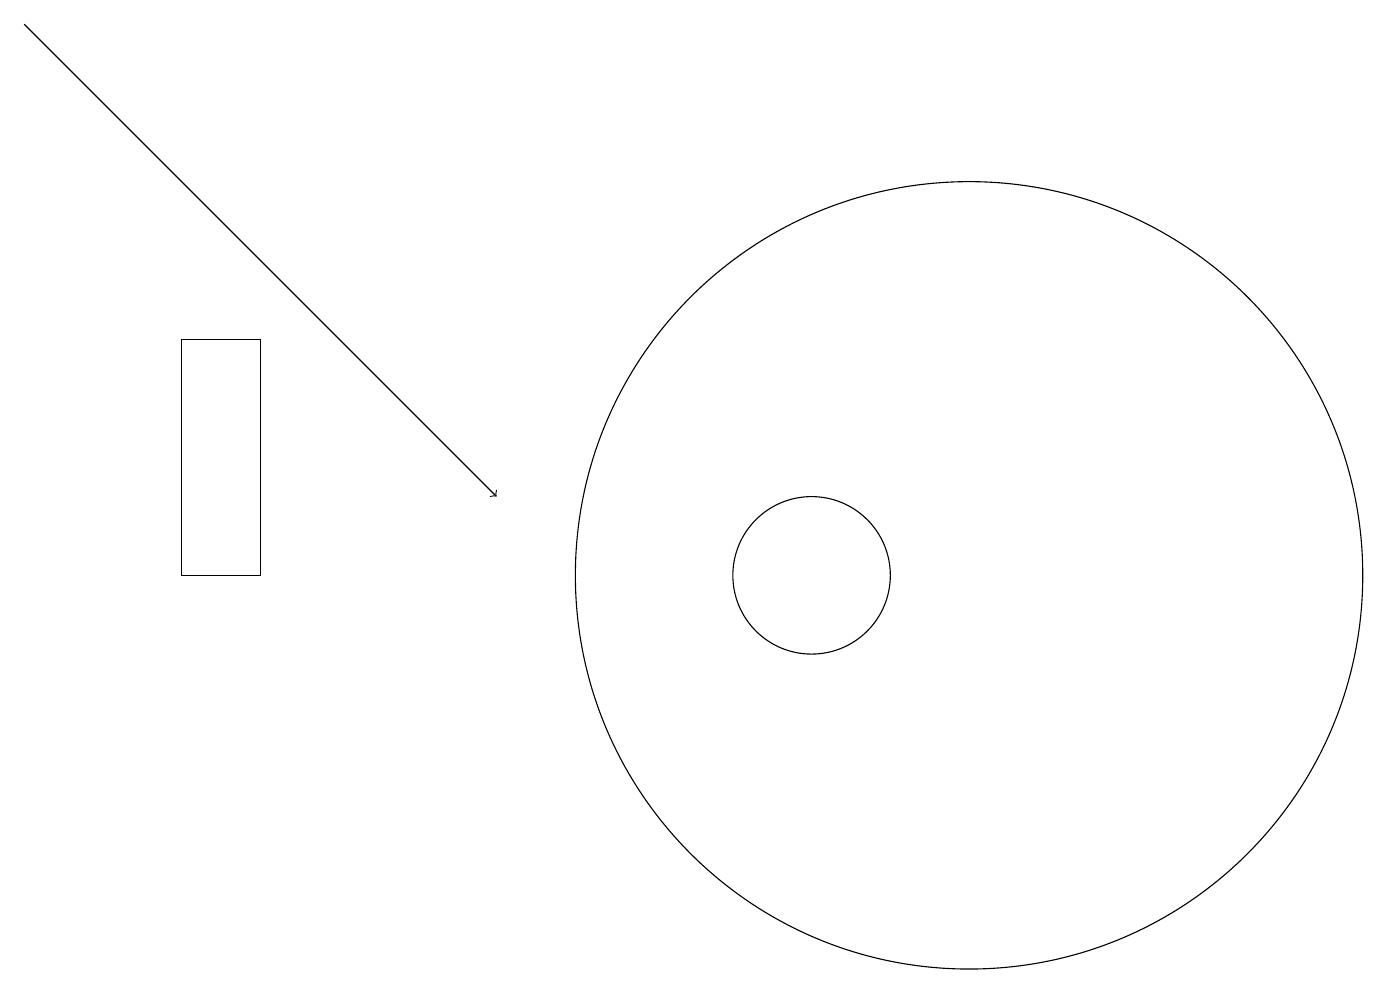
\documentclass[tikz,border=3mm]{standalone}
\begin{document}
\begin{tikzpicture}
\draw[->] (0,17) -- (6,11);
\draw (12,10) circle (5);
\draw (2,10) rectangle (3,13);
\draw (10,10) circle (1);
\draw (10,12) circle (0);
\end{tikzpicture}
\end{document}